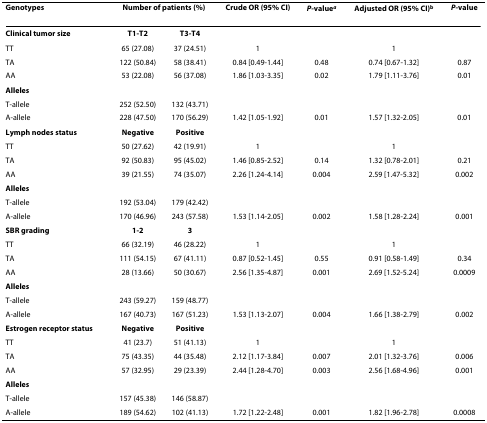
<table><thead><tr><td><b>Genotypes</b></td><td colspan="2"><b>Number of patients (%)</b></td><td><b>Crude OR (95% CI)</b></td><td><b><i>P-</i>value<sup><i>a</i></sup></b></td><td><b>Adjusted OR (95% CI)<sup>b</sup></b></td><td><b><i>P</i>-value</b></td></tr></thead><tbody><tr><td><b>Clinical tumor size</b></td><td><b>T1-T2</b></td><td><b>T3-T4</b></td><td></td><td></td><td></td><td></td></tr><tr><td>TT</td><td>65 (27.08)</td><td>37 (24.51)</td><td>1</td><td></td><td>1</td><td></td></tr><tr><td>TA</td><td>122 (50.84)</td><td>58 (38.41)</td><td>0.84 [0.49-1.44]</td><td>0.48</td><td>0.74 [0.67-1.32]</td><td>0.87</td></tr><tr><td>AA</td><td>53 (22.08)</td><td>56 (37.08)</td><td>1.86 [1.03-3.35]</td><td>0.02</td><td>1.79 [1.11-3.76]</td><td>0.01</td></tr><tr><td><b>Alleles</b></td><td></td><td></td><td></td><td></td><td></td><td></td></tr><tr><td>T-allele</td><td>252 (52.50)</td><td>132 (43.71)</td><td></td><td></td><td></td><td></td></tr><tr><td>A-allele</td><td>228 (47.50)</td><td>170 (56.29)</td><td>1.42 [1.05-1.92]</td><td>0.01</td><td>1.57 [1.32-2.05]</td><td>0.01</td></tr><tr><td><b>Lymph nodes status</b></td><td><b>Negative</b></td><td><b>Positive</b></td><td></td><td></td><td></td><td></td></tr><tr><td>TT</td><td>50 (27.62)</td><td>42 (19.91)</td><td>1</td><td></td><td>1</td><td></td></tr><tr><td>TA</td><td>92 (50.83)</td><td>95 (45.02)</td><td>1.46 [0.85-2.52]</td><td>0.14</td><td>1.32 [0.78-2.01]</td><td>0.21</td></tr><tr><td>AA</td><td>39 (21.55)</td><td>74 (35.07)</td><td>2.26 [1.24-4.14]</td><td>0.004</td><td>2.59 [1.47-5.32]</td><td>0.002</td></tr><tr><td><b>Alleles</b></td><td></td><td></td><td></td><td></td><td></td><td></td></tr><tr><td>T-allele</td><td>192 (53.04)</td><td>179 (42.42)</td><td></td><td></td><td></td><td></td></tr><tr><td>A-allele</td><td>170 (46.96)</td><td>243 (57.58)</td><td>1.53 [1.14-2.05]</td><td>0.002</td><td>1.58 [1.28-2.24]</td><td>0.001</td></tr><tr><td><b>SBR grading</b></td><td><b>1-2</b></td><td><b>3</b></td><td></td><td></td><td></td><td></td></tr><tr><td>TT</td><td>66 (32.19)</td><td>46 (28.22)</td><td>1</td><td></td><td>1</td><td></td></tr><tr><td>TA</td><td>111 (54.15)</td><td>67 (41.11)</td><td>0.87 [0.52-1.45]</td><td>0.55</td><td>0.91 [0.58-1.49]</td><td>0.34</td></tr><tr><td>AA</td><td>28 (13.66)</td><td>50 (30.67)</td><td>2.56 [1.35-4.87]</td><td>0.001</td><td>2.69 [1.52-5.24]</td><td>0.0009</td></tr><tr><td><b>Alleles</b></td><td></td><td></td><td></td><td></td><td></td><td></td></tr><tr><td>T-allele</td><td>243 (59.27)</td><td>159 (48.77)</td><td></td><td></td><td></td><td></td></tr><tr><td>A-allele</td><td>167 (40.73)</td><td>167 (51.23)</td><td>1.53 [1.13-2.07]</td><td>0.004</td><td>1.66 [1.38-2.79]</td><td>0.002</td></tr><tr><td><b>Estrogen receptor status</b></td><td><b>Negative</b></td><td><b>Positive</b></td><td></td><td></td><td></td><td></td></tr><tr><td>TT</td><td>41 (23.7)</td><td>51 (41.13)</td><td>1</td><td></td><td>1</td><td></td></tr><tr><td>TA</td><td>75 (43.35)</td><td>44 (35.48)</td><td>2.12 [1.17-3.84]</td><td>0.007</td><td>2.01 [1.32-3.76]</td><td>0.006</td></tr><tr><td>AA</td><td>57 (32.95)</td><td>29 (23.39)</td><td>2.44 [1.28-4.70]</td><td>0.003</td><td>2.56 [1.68-4.96]</td><td>0.001</td></tr><tr><td><b>Alleles</b></td><td></td><td></td><td></td><td></td><td></td><td></td></tr><tr><td>T-allele</td><td>157 (45.38)</td><td>146 (58.87)</td><td></td><td></td><td></td><td></td></tr><tr><td>A-allele</td><td>189 (54.62)</td><td>102 (41.13)</td><td>1.72 [1.22-2.48]</td><td>0.001</td><td>1.82 [1.96-2.78]</td><td>0.0008</td></tr></tbody></table>